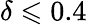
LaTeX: \delta\leqslant 0.4